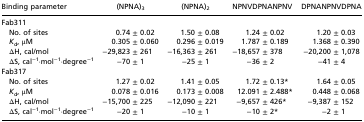
<table><thead><tr><td><b>Binding parameter</b></td><td><b>(NPNA)<sub>3</sub></b></td><td><b>(NPNA)<sub>2</sub></b></td><td><b>NPNVDPNANPNV</b></td><td><b>DPNANPNVDPNA</b></td></tr></thead><tbody><tr><td>Fab311</td><td></td><td></td><td></td><td></td></tr><tr><td> No. of sites</td><td>0.74 ± 0.02</td><td>1.50 ± 0.08</td><td>1.24 ± 0.02</td><td>1.20 ± 0.03</td></tr><tr><td> <i>K</i><sub>d</sub>, μM</td><td>0.305 ± 0.060</td><td>0.296 ± 0.019</td><td>1.787 ± 0.189</td><td>1.368 ± 0.390</td></tr><tr><td> ∆H, cal/mol</td><td>−29,823 ± 261</td><td>−16,363 ± 261</td><td>−18,657 ± 378</td><td>−20,200 ± 1,078</td></tr><tr><td> ∆S, cal<sup>−1</sup>⋅mol<sup>−1</sup>⋅degree<sup>−1</sup></td><td>−70 ± 1</td><td>−25 ± 1</td><td>−36 ± 2</td><td>−41 ± 4</td></tr><tr><td>Fab317</td><td></td><td></td><td></td><td></td></tr><tr><td> No. of sites</td><td>1.27 ± 0.02</td><td>1.41 ± 0.05</td><td>1.72 ± 0.13*</td><td>1.64 ± 0.05</td></tr><tr><td> <i>K</i><sub>d</sub>, μM</td><td>0.078 ± 0.016</td><td>0.173 ± 0.008</td><td>12.091 ± 2.488*</td><td>0.448 ± 0.068</td></tr><tr><td> ∆H, cal/mol</td><td>−15,700 ± 225</td><td>−12,090 ± 221</td><td>−9,657 ± 426*</td><td>−9,387 ± 152</td></tr><tr><td> ∆S, cal<sup>−1</sup>⋅mol<sup>−1</sup>⋅degree<sup>−1</sup></td><td>−20 ± 1</td><td>−10 ± 1</td><td>−10 ± 2*</td><td>−2 ± 1</td></tr></tbody></table>